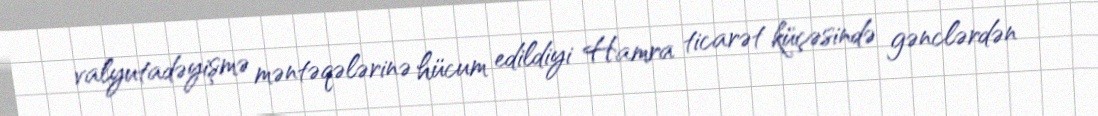
valyutadəyişmə məntəqələrinə hücum edildiyi Hamra ticarət küçəsində gənclərdən